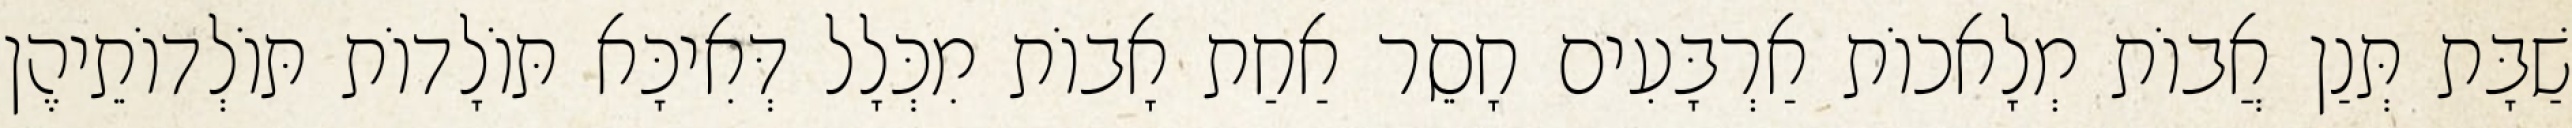
שַׁבָּת תְּנַן אֲבוֹת מְלָאכוֹת אַרְבָּעִים חָסֵר אַחַת אָבוֹת מִכְּלָל דְּאִיכָּא תּוֹלָדוֹת תּוֹלְדוֹתֵיהֶן